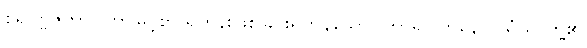
စိရပဗ္ဗဇိတာ၊ ကြာမြင့်စွာ ရဟန်းဖြစ်ခြင်းရှိကုန်သော။ ဘာရဝါဟိနော၊ သံဃာတို့၏